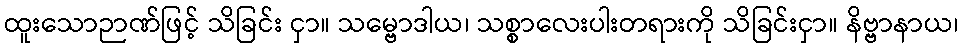
ထူးသောဉာဏ်ဖြင့် သိခြင်း ငှာ။ သမ္ဗောဒါယ၊ သစ္စာလေးပါးတရားကို သိခြင်းငှာ။ နိဗ္ဗာနာယ၊